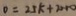
0 = 2 5 k + 2 0 + 0